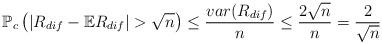
LaTeX: \begin{align*}\mathbb{P}_c\left(|R_{dif} - \mathbb{E}R_{dif}| > \sqrt{n}\right) \leq \frac{var(R_{dif})}{n} \leq \frac{2\sqrt{n}}{n} = \frac{2}{\sqrt{n}}\end{align*}